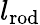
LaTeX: l_{\mathrm{rod}}